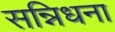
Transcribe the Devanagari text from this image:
सन्निधना